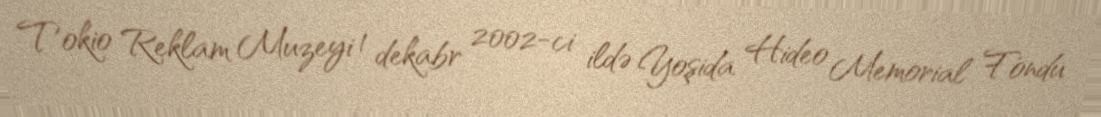
Tokio Reklam Muzeyi 1 dekabr 2002-ci ildə Yoşida Hideo Memorial Fondu